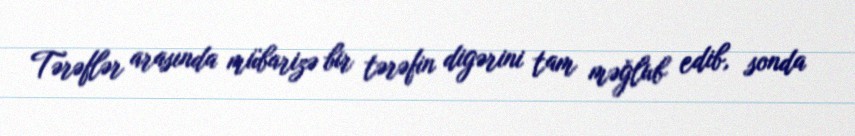
Tərəflər arasında mübarizə bir tərəfin digərini tam məğlub edib, sonda